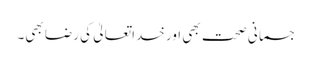
جسمانی صحت بھی اور خداتعالیٰ کی رضا بھی۔